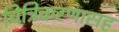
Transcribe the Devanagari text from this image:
चित्रिकरणासह